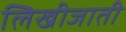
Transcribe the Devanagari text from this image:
लिखीजाती